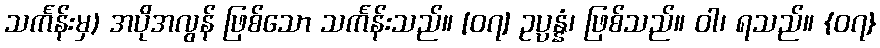
သင်္ကန်းမှ) အပိုအလွန် ဖြစ်သော သင်္ကန်းသည်။ [၀၇] ဥပ္ပန္နံ၊ ဖြစ်သည်။ ဝါ၊ ရသည်။ {၀၇}